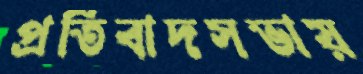
প্রতিবাদসভায়